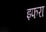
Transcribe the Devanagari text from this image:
इफरा